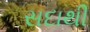
સદાથી